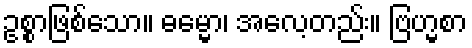
ဥစ္စာဖြစ်သော။ ဓမ္မော၊ အလေ့တည်း။ ဗြဟ္မစာ